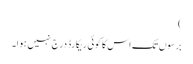
)
برسوں تک اس کا کوئی ریکارڈ درج نہیں ہوا۔